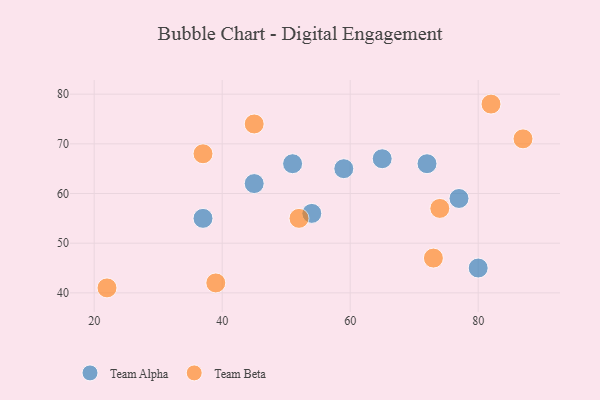
{"axis": {"x": "GDP", "y": "Life Expectancy"}, "legend": ["Team Alpha", "Team Beta"], "data": [{"x": "72", "y": 66, "type": "Team Alpha"}, {"x": "45", "y": 62, "type": "Team Alpha"}, {"x": "54", "y": 56, "type": "Team Alpha"}, {"x": "77", "y": 59, "type": "Team Alpha"}, {"x": "80", "y": 45, "type": "Team Alpha"}, {"x": "65", "y": 67, "type": "Team Alpha"}, {"x": "51", "y": 66, "type": "Team Alpha"}, {"x": "37", "y": 55, "type": "Team Alpha"}, {"x": "59", "y": 65, "type": "Team Alpha"}, {"x": "45", "y": 74, "type": "Team Beta"}, {"x": "87", "y": 71, "type": "Team Beta"}, {"x": "73", "y": 47, "type": "Team Beta"}, {"x": "22", "y": 41, "type": "Team Beta"}, {"x": "37", "y": 68, "type": "Team Beta"}, {"x": "52", "y": 55, "type": "Team Beta"}, {"x": "39", "y": 42, "type": "Team Beta"}, {"x": "74", "y": 57, "type": "Team Beta"}, {"x": "82", "y": 78, "type": "Team Beta"}]}